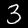
Digit: 3